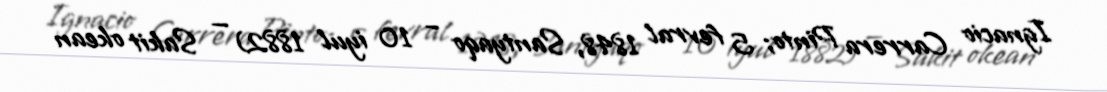
Ignacio Carrera Pinto; 5 fevral 1848, Santyaqo – 10 iyul 1882) — Sakit okean